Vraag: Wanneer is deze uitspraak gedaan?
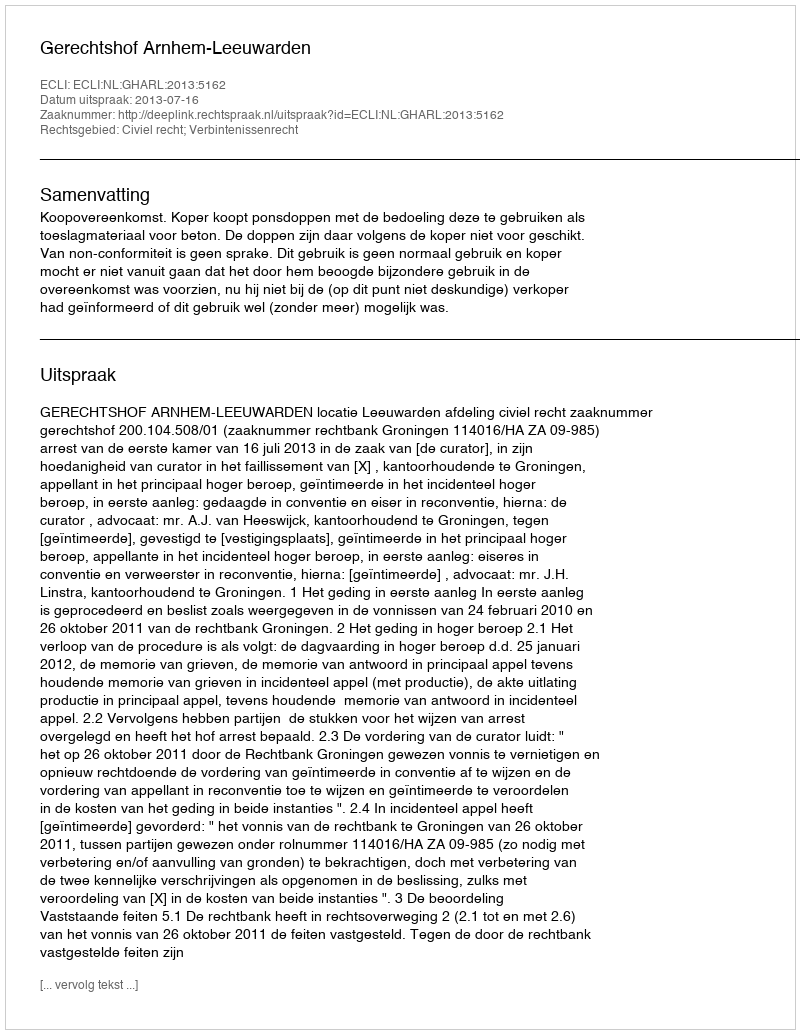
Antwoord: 2013-07-16